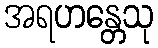
အရဟန္တေသု